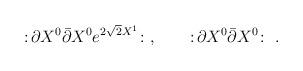
LaTeX: \begin{align*}:\! \partial X^0 \bar\partial X^0 e^{2\sqrt 2 X^1} \!:\ , \qquad:\! \partial X^0 \bar\partial X^0 \!:\ .\end{align*}